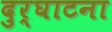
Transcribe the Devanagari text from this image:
दुर्घाटना